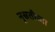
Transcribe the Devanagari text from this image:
नुस्रतीच्या